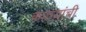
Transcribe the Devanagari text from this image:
काठय़ांची